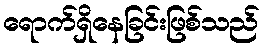
ရောက်ရှိနေခြင်းဖြစ်သည်